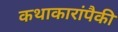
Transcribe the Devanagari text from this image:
कथाकारांपैकी